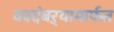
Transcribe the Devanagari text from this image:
कादंबऱ्यामार्फत